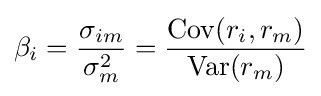
\beta _{i}={\frac {\sigma _{im}}{\sigma _{m}^{2}}}={\frac {\mathrm {Cov} (r_{i},r_{m})}{\mathrm {Var} (r_{m})}}